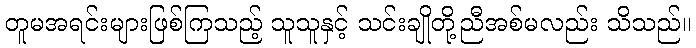
တူမအရင်းများဖြစ်ကြသည့် သူသူနှင့် သင်းချိုတို့ညီအစ်မလည်း သိသည်။